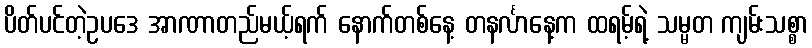
ပိတ်ပင်တဲ့ဥပဒေ အာဏာတည်မယ့်ရက် နောက်တစ်နေ့ တနင်္လာနေ့က ထရမ့်ရဲ့ သမ္မတ ကျမ်းသစ္စာ